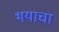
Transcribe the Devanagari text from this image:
भयाचा